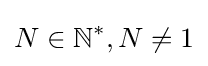
N\in \mathbb {N} ^{*},N\neq 1